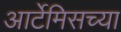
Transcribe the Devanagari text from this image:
आर्टेमिसच्या